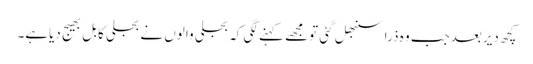
کچھ دیربعدجب وہ ذراسنبھل گئی تومجھے کہنے لگی کہ بجلی والوں نے بجلی کابل بھیج دیاہے۔